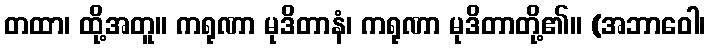
တထာ၊ ထို့အတူ။ ကရုဏာ မုဒိတာနံ၊ ကရုဏာ မုဒိတာတို့၏။ (အဘာဝေါ၊